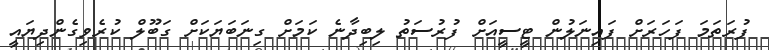
ފުރަތަމަ ފަހަރަށް ފައިނަލުން ޓީސީއަށް ފުރުސަތު ލިބިދާނެ ކަމަށް ގިނަބަޔަކަށް ގަބޫލް ކުރެވިގެންދިޔައީ